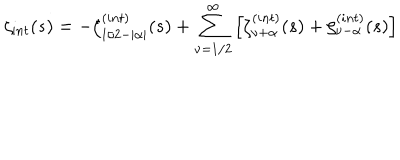
\zeta _ { \mathrm i n t } ( s ) = - \zeta _ { 1 / 2 - | \alpha | } ^ { \mathrm ( i n t ) } ( s ) + \sum _ { \nu = 1 / 2 } ^ { \infty } \left[ \zeta _ { \nu + \alpha } ^ { \mathrm ( i n t ) } ( s ) + \zeta _ { \nu - \alpha } ^ { \mathrm ( i n t ) } ( s ) \right]